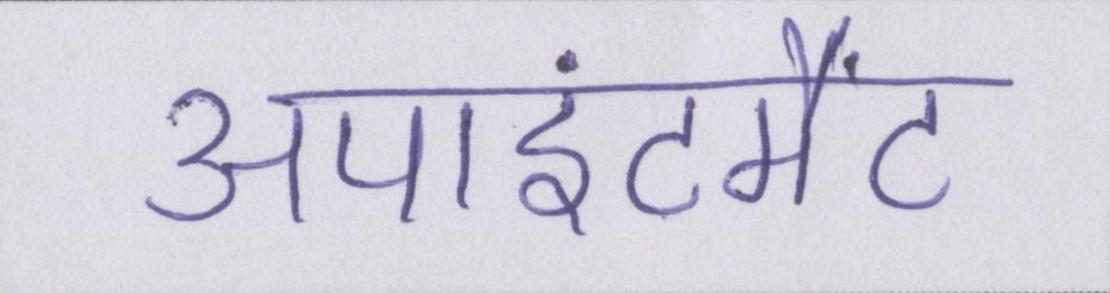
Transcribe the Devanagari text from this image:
अपाइंटमैंट